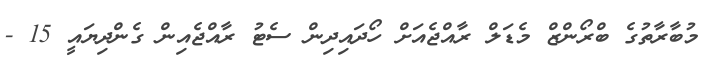
މުބާރާތުގެ ބްރޯންޒް މެޑަލް ރާއްޖެއަށް ހޯދައިދިން ސެޓު ރާއްޖެއިން ގެންދިޔައީ 15 -